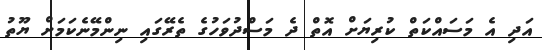
އަދި އެ މަސައްކަތް ކުރިޔަށް އޮތް ދެ މަސްދުވަހުގެ ތެރޭގައި ނިންމޭނެކަމަށް ޔޫތު